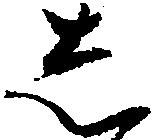
し